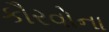
કૌરવોના